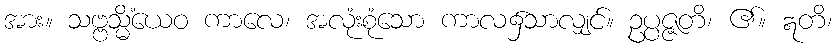
အား။ သဗ္ဗသ္မိံယေဝ ကာလေ၊ အလုံးစုံသော ကာလ၌သာလျှင်။ ဥပ္ပဇ္ဇတိ၊ ၏။ ဣတိ၊